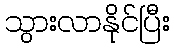
သွားလာနိုင်ပြီး